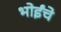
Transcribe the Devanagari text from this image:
भोईंचे